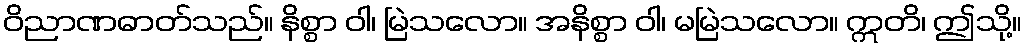
ဝိညာဏဓာတ်သည်။ နိစ္စာ ဝါ၊ မြဲသလော။ အနိစ္စာ ဝါ၊ မမြဲသလော။ ဣတိ၊ ဤသို့။